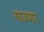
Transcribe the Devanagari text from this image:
याउप्पर